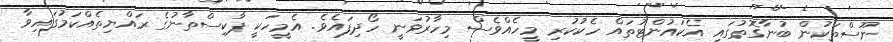
ނޫސްތަކުން ބުނާގޮތުގައި އެކައުންޓުތައް ހެކުކުރި މީހެއްވެސް މިހާރުވަނީ ހޯދިފައެވެ. އެމީހަކީ ޕާކިސްތާނުގެ ރައްޔިތެއްކަމުގައިވާ